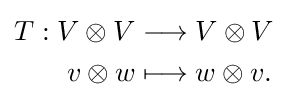
{\begin{aligned}T:V\otimes V&\longrightarrow V\otimes V\\v\otimes w&\longmapsto w\otimes v.\end{aligned}}